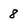
Character: 8